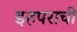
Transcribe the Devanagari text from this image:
इहपराची